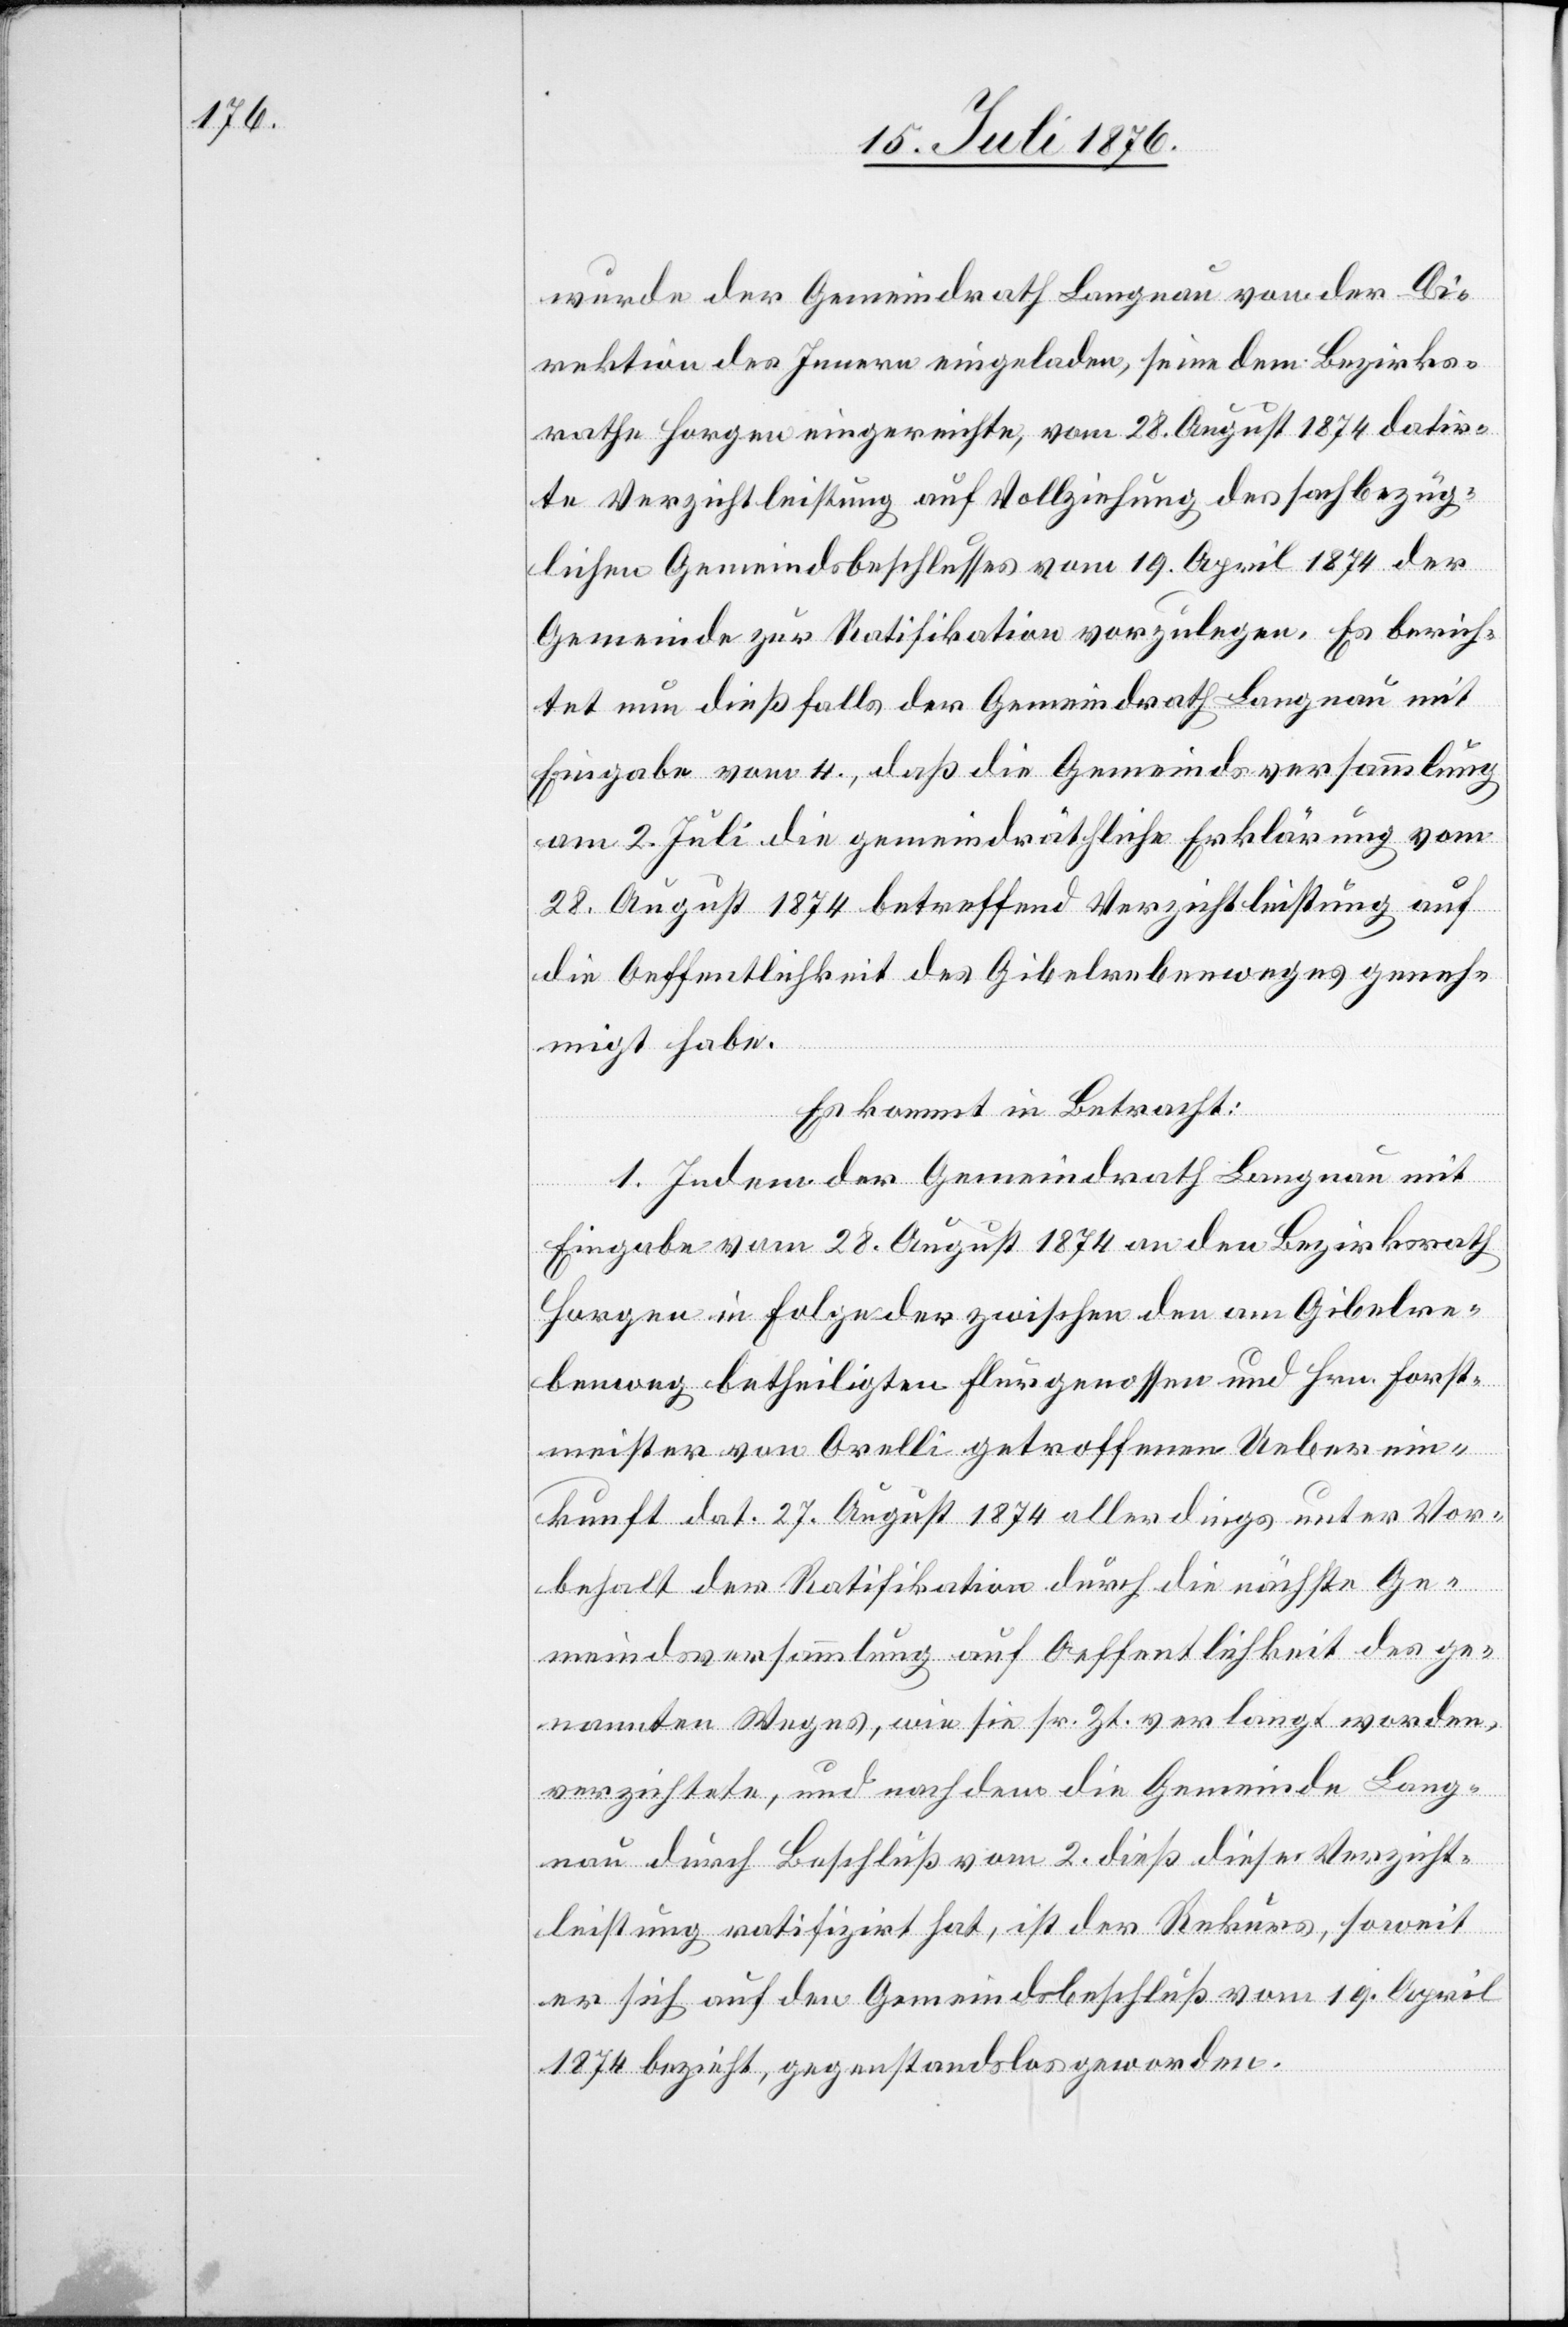
wurde der Gemeindrath Langnau von der Di¬
rektion des Innern eingeladen, seine dem Bezirks¬
rathe Horgen eingereichte, vom 28. August 1874 datir¬
te Verzichtleistung auf Vollziehung des sachbezüg¬
lichen Gemeindsbeschlusses vom 19. April 1974 der
Gemeinde zur Ratifikation vorzulegen. Es berich¬
tet nun dießfalls der Gemeindrath Langnau mit
Eingabe vom 4., daß die Gemeindsversammlung
am 2. Juli die gemeindräthliche Erklärung vom
28. August 1874 betreffend Verzichtleistung auf
die Oeffentlichkeit des Gibelrebenweges geneh¬
migt habe.
Es kommt in Betracht:
1. Indem der Gemeindrath Langnau mit
Eingabe vom 28. August 1874 an den Bezirksrath
Horgen in Folge der zwischen den am Gibelre¬
benweg betheiligten Flurgenossen und Hrn. Forst¬
meister von Orelli getroffenen Ueberein¬
kunft dat. 27. August 1874 allerdings unter Vor¬
behalt der Ratifikation durch die nächste Ge¬
meindsversammlung auf Oeffentlichkeit des ge¬
nannten Weges, wie sie sr. Zt. verlangt worden,
verzichtete, und nachdem die Gemeinde Lang¬
nau durch Beschluß vom 2. dieß diese Verzicht¬
leistung ratifizirt hat, ist der Rekurs, soweit
er sich auf den Gemeindsbeschluß vom 19. April
1874 bezieht, gegenstandslos geworden.